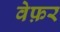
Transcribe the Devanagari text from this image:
वेफ़र